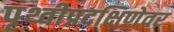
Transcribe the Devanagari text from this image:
पृथ्वीप्रदक्षिणेवर